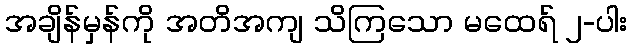
အချိန်မှန်ကို အတိအကျ သိကြသော မထေရ် ၂-ပါး